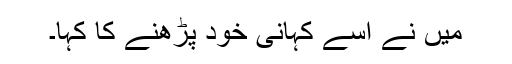
میں نے اسے کہانی خود پڑھنے کا کہا۔